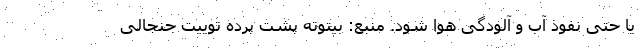
یا حتی نفوذ آب و آلودگی هوا شود. منبع: بیتوته پشت پرده توییت جنجالی